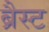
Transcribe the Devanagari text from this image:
ब्रैस्ट